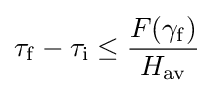
\tau _{\rm {f}}-\tau _{\rm {i}}\leq {\frac {F(\gamma _{\rm {f}})}{H_{\rm {av}}}}